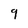
Character: 9